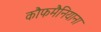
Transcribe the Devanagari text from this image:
कौफमैनियाना